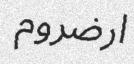
ارضروم